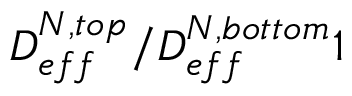
D _ { e f f } ^ { N , t o p } / D _ { e f f } ^ { N , b o t t o m } 1